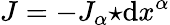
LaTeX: J=-J_{\alpha}{\star}\mathrm{d}x^{\alpha}